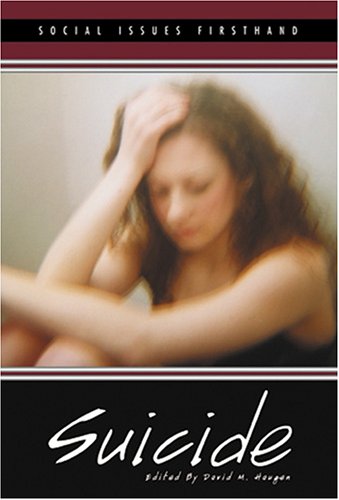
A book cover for Suicide (Social Issues Firsthand); David M. Haugen; Teen & Young Adult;